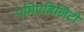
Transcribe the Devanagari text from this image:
पमिएबिलिटी